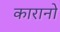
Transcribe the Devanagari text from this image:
कारानो